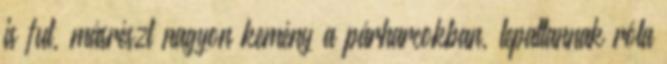
is fut, másrészt nagyon kemény a párharcokban, lepattannak róla